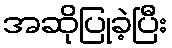
အဆိုပြုခဲ့ပြီး